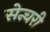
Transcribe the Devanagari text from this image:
सेन्चरी